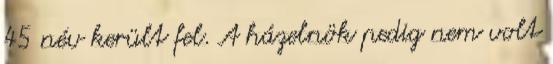
45 név került fel. A házelnök pedig nem volt